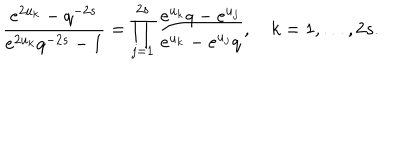
\frac { e ^ { 2 u _ { k } } - q ^ { - 2 s } } { e ^ { 2 u _ { k } } q ^ { - 2 s } - 1 } = \prod _ { j = 1 } ^ { 2 s } \frac { e ^ { u _ { k } } q - e ^ { u _ { j } } } { e ^ { u _ { k } } - e ^ { u _ { j } } q } , k = 1 , \ldots , 2 s .